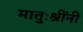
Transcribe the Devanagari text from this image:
मातुःश्रींनी